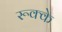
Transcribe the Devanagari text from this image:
रूक्‍के